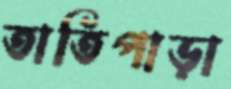
তাতিপাড়া